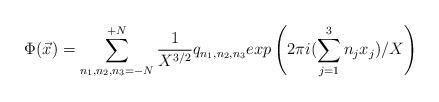
LaTeX: \begin{align*}\Phi({\vec x}) = \sum_{n_1,n_2,n_3=-N}^{+N} \frac{1}{X^{3/2}}q_{n_1,n_2,n_3}exp\left(2\pi i (\sum_{j=1}^{3} n_j x_j)/X \right)\end{align*}